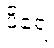
ပိရေ